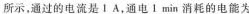
所示，通过的电流是1A，通电1min消耗的电能为